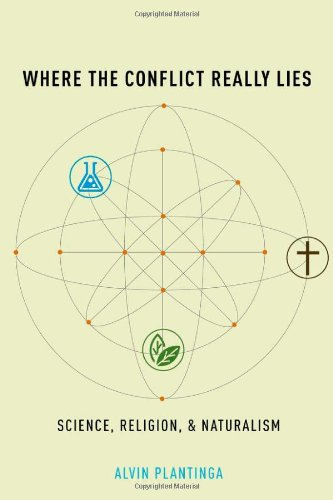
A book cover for Where the Conflict Really Lies: Science, Religion, and Naturalism; Alvin Plantinga; Politics & Social Sciences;